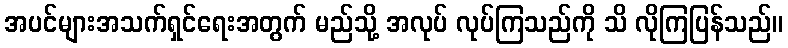
အပင်များအသက်ရှင်ရေးအတွက် မည်သို့ အလုပ် လုပ်ကြသည်ကို သိ လိုကြပြန်သည်။